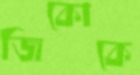
জিকোকে